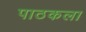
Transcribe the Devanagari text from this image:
पाठकला